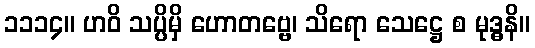
၁၁၁၄။ ဟဝိ သပ္ပိမှိ ဟောတဗ္ဗေ၊ သိရော သေဋ္ဌေ စ မုဒ္ဓနိ။